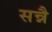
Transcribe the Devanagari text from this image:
सन्नै